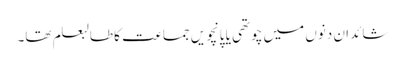
شائد ان دنوں میں چوتھی یا پانچویں جماعت کا طالبعلم تھا۔